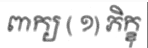
ពាក្យ ( ១) ភិក្ខុ